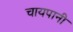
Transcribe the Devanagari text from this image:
चायपानी